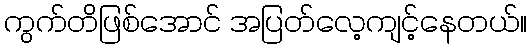
ကွက်တိဖြစ်အောင် အပြတ်လေ့ကျင့်နေတယ်။